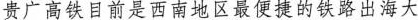
贵广高铁目前是西南地区最便捷的铁路出海大